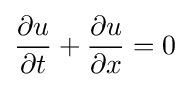
{\frac {\partial u}{\partial t}}+{\frac {\partial u}{\partial x}}=0